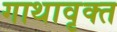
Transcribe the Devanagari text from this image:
गाथावृक्त